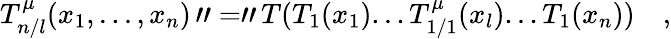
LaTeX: T_{n/l}^{\mu}(x_{1},...,x_{n})\, "="\, T(T_{1}(x_{1})...T_{1/1}^{\mu}(x_{l})...T_{1}(x_{n}))\quad,